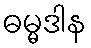
ဓမ္မဒါန